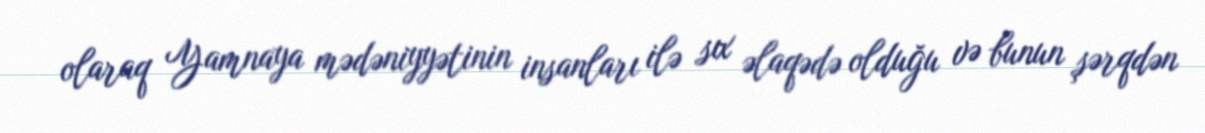
olaraq Yamnaya mədəniyyətinin insanları ilə sıx əlaqədə olduğu və bunun şərqdən